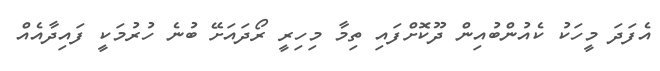
އެފަދަ މީހަކު ކެއުންބުއިން ދޫކޮށްފައި ތިމާ މިހިރީ ރޯދައަށޭ ބުނެ ހުރުމަކީ ފައިދާއެއް